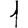
Digit: 1